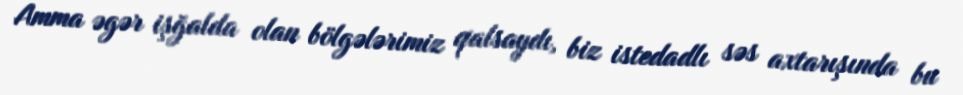
Amma əgər işğalda olan bölgələrimiz qalsaydı, biz istedadlı səs axtarışında bu